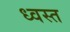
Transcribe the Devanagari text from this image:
ध्वस्‍त